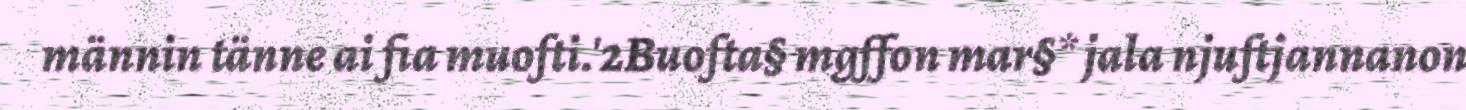
männin tänne ai fia muofti.'2Buofta§ mgffon mar§* jala njuftjannanon